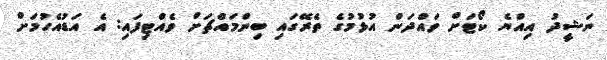
ނަޝީދު އިއްޔެ ކޯޓަށް ވައްދަން އުޅުމުގެ ތެރޭގައި ބިންމައްޗަށް ވެއްޓިފައި: އެ އަޑުއެހުމަށް